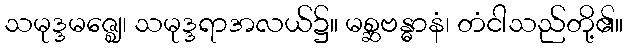
သမုဒ္ဒမဇ္ဈေ၊ သမုဒ္ဒရာအလယ်၌။ မစ္ဆဗန္ဓာနံ၊ တံငါသည်တို့၏။